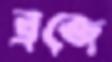
ব্রজে